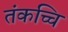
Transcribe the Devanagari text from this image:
तंकच्चि